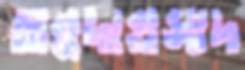
অন্নদাপ্রসাদ